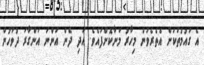
އެ ގައުމުތަކަށް އެތެރެވުން މިހާރު މަނާކޮށްފައެވެ. އަދި ދެން އަންނަ އަންގާރަ ދުވަހުން